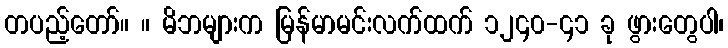
တပည့်တော်။ ။ မိဘများက မြန်မာမင်းလက်ထက် ၁၂၄၀-၄၁ ခု ဖွားတွေပါ၊